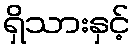
ရှိသားနှင့်